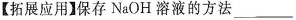
【拓展应用】保存NaOH溶液的方法___。